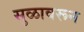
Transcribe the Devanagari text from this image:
सुळावरून